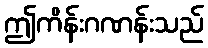
ဤကိန်းဂဏန်းသည်